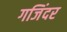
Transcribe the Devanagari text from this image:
गजिंदर